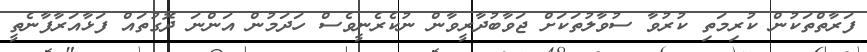
ފަރާތްތަކުން ކުރިމަތި ކުރުވާ ސުވާލުތަކަށް ޖަވާބުދާރީވާން ނުކެރެނީވެސް ހަދަމުން އަންނަ ދޮގުތައް ފަޅާއަރާފާނެތީ